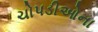
ચોપડીઓના